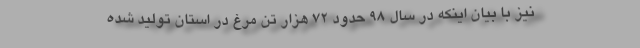
نیز با بیان اینکه در سال ۹۸ حدود ۷۲ هزار تن مرغ در استان تولید شده